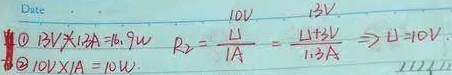
Date10V  13V
\textcircled{1} \(13V\times1.2A = 15.6W\)  \(R_{2}=\frac{U}{I_{A}}=\frac{U_{1}+2V}{1.3A}\Rightarrow U = 10V\).
\textcircled{2} \(10V\times1A = 10W\)